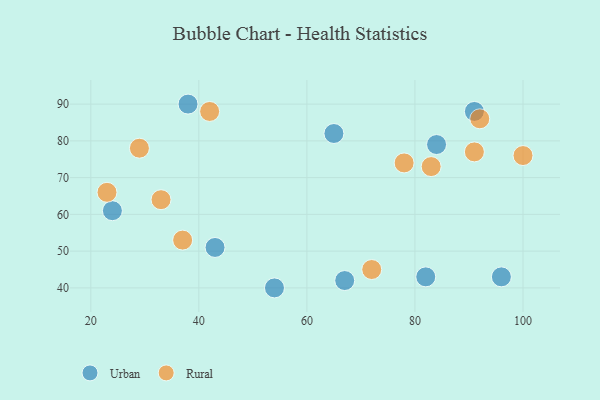
{"axis": {"x": "GDP", "y": "Life Expectancy"}, "legend": ["Rural", "Urban"], "data": [{"x": "65", "y": 82, "type": "Urban"}, {"x": "91", "y": 88, "type": "Urban"}, {"x": "96", "y": 43, "type": "Urban"}, {"x": "84", "y": 79, "type": "Urban"}, {"x": "82", "y": 43, "type": "Urban"}, {"x": "38", "y": 90, "type": "Urban"}, {"x": "43", "y": 51, "type": "Urban"}, {"x": "24", "y": 61, "type": "Urban"}, {"x": "67", "y": 42, "type": "Urban"}, {"x": "54", "y": 40, "type": "Urban"}, {"x": "37", "y": 53, "type": "Rural"}, {"x": "92", "y": 86, "type": "Rural"}, {"x": "78", "y": 74, "type": "Rural"}, {"x": "91", "y": 77, "type": "Rural"}, {"x": "72", "y": 45, "type": "Rural"}, {"x": "23", "y": 66, "type": "Rural"}, {"x": "29", "y": 78, "type": "Rural"}, {"x": "83", "y": 73, "type": "Rural"}, {"x": "33", "y": 64, "type": "Rural"}, {"x": "42", "y": 88, "type": "Rural"}, {"x": "100", "y": 76, "type": "Rural"}]}